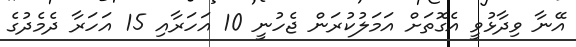
އޭނާ ވިދާޅުވީ އެގޮތަށް އަމަލުކުރަން ޖެހުނީ 10 އަހަރާއި 15 އަހަރާ ދެމެދުގެ